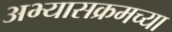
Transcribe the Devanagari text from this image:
अभ्यासक्रमच्या